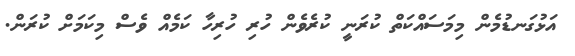
އަޅުގަނޑުމެން މިމަސައްކަތް ކުރަނީ ކުރެވެން ހުރި ހުރިހާ ކަމެއް ވެސް މިކަމަށް ކުރަން.